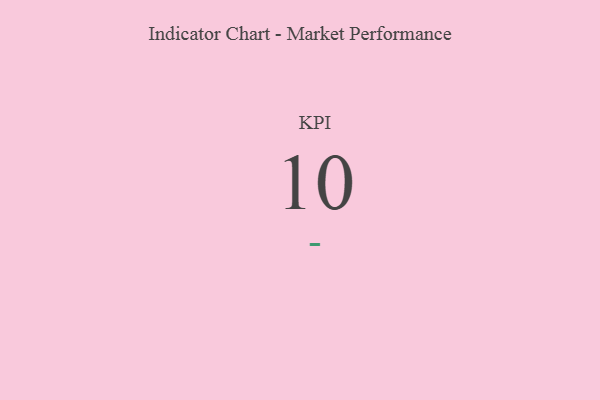
{"axis": {"x": "KPI", "y": "Value"}, "legend": [""], "data": [{"x": "KPI", "y": 10, "type": ""}]}